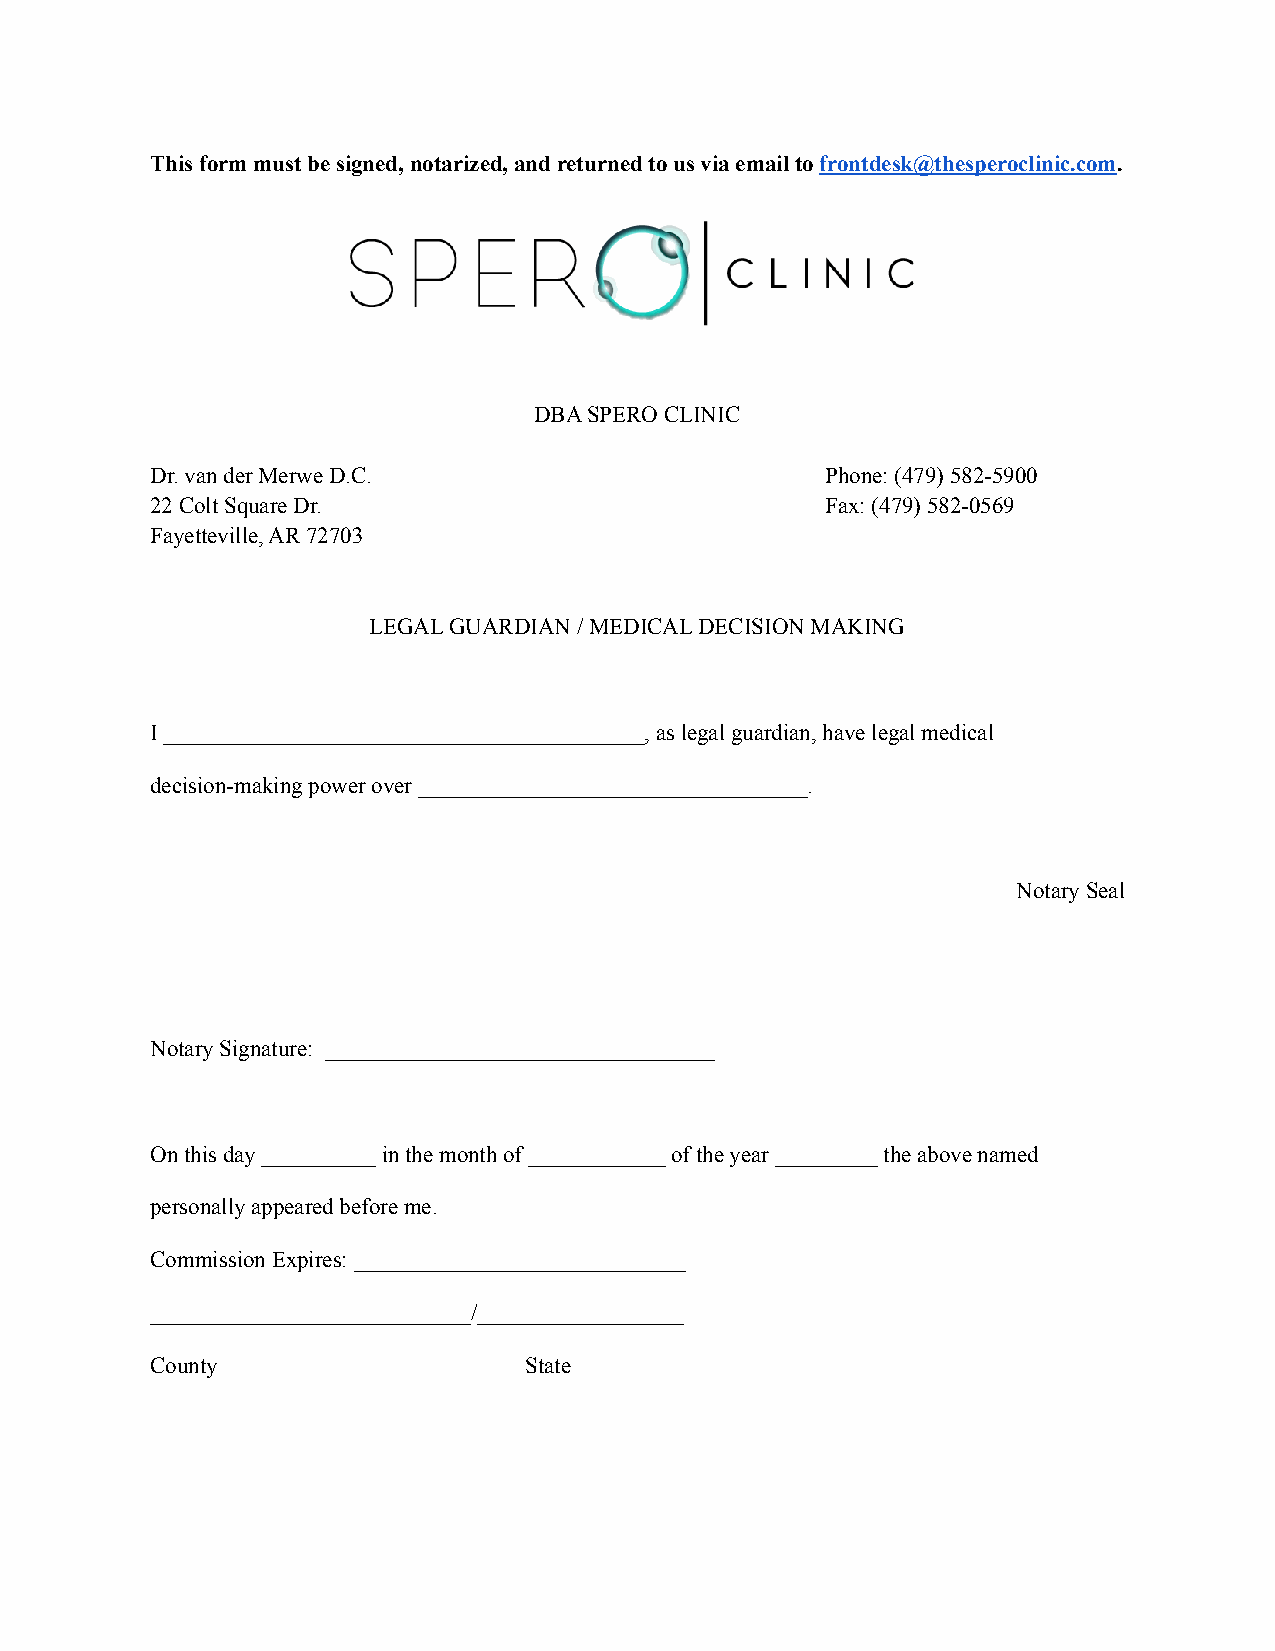
This form must be signed, notarized, and returnedto us via email tofrontdesk@thesperoclinic.com.
 DBA SPERO CLINIC
 Dr. van der Merwe D.C.                       Phone: (479) 582-5900
 22 Colt Square Dr.                           Fax: (479) 582-0569
 Fayetteville, AR 72703
 LEGAL GUARDIAN / MEDICAL DECISION MAKING
 I __________________________________________, as legalguardian, have legal medical
 decision-making power over __________________________________.
 Notary Seal
 Notary Signature: __________________________________
 On this day __________ in the month of ____________of the year _________ the above named
 personally appeared before me.
 Commission Expires: _____________________________
 ____________________________/__________________
 County                   State